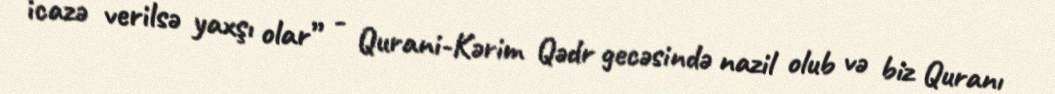
icazə verilsə yaxşı olar” - Qurani-Kərim Qədr gecəsində nazil olub və biz Quranı